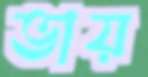
ভায়